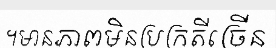
។មានភាពមិនប្រក្រតីច្រើន